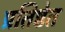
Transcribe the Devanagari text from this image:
प्रतिष्ठेत